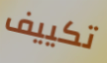
تكييف